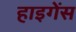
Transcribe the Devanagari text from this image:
हाइगेंस